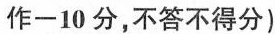
作-10分，不答不得分)